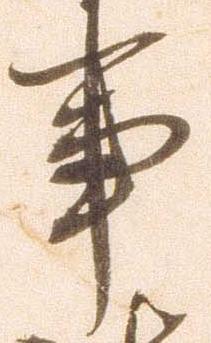
事